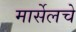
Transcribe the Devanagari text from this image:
मार्सेलचे